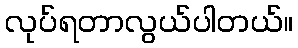
လုပ်ရတာလွယ်ပါတယ်။